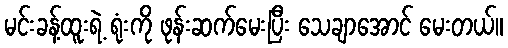
မင်းခန့်ထူးရဲ့ ရုံးကို ဖုန်းဆက်မေးပြီး သေချာအောင် မေးတယ်။